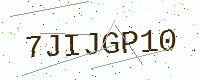
Text: 7JIJGP10